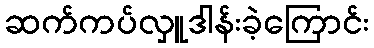
ဆက်ကပ်လှူဒါန်းခဲ့ကြောင်း